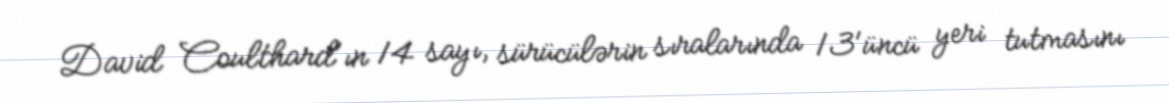
David Coulthard'ın 14 sayı, sürücülərin sıralarında 13'üncü yeri tutmasını